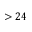
> 2 4